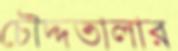
চৌদ্দতালার